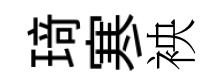
𤦺寒䘧